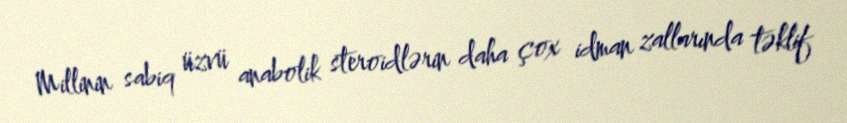
Millinin sabiq üzvü anabolik steroidlərin daha çox idman zallarında təklif